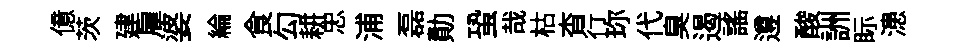
億茨建雇婆綸食勾耕忠浦磊勣蛩哉枯杳行珎代臭遏謡遵酸詶眎漶